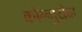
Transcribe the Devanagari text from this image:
कोल्गुयेव्ह